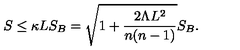
S \leq \kappa L S _ { B } = \sqrt { 1 + { \frac { 2 \Lambda L ^ { 2 } } { n ( n - 1 ) } } } S _ { B } .